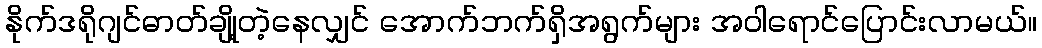
နိုက်ဒရိုဂျင်ဓာတ်ချို့တဲ့နေလျှင် အောက်ဘက်ရှိအရွက်များ အဝါရောင်ပြောင်းလာမယ်။